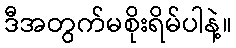
ဒီအတွက်မစိုးရိမ်ပါနဲ့။